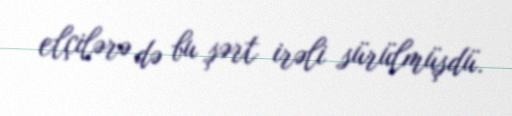
elçilərə də bu şərt irəli sürülmüşdü.